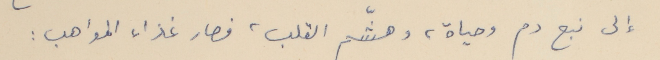
إلى نبع دم وحياة، وهشّم القلب، فصار غذاء المواهب :